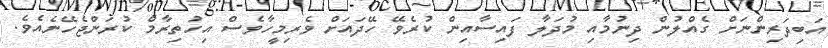
އަބިދަރިންނަށް ގެއްލުން ދިނުމާއި މުދަލާ ފައިސާއިން ކުރެވޭ ހޭދައަށް ވެރިމީހާވެސް އިހުތިރާމް ކުރަންޖެހޭނެއެވެ.